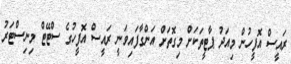
ރައީސް އޮފީހުން މިއަދު ޕާޓީތަކަށް މިގޮތަށް އަންގާފައިވަނީ ރައީސް އޮފީހުގެ ސްޓޭޓް މިނިސްޓަރު